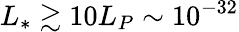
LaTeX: L_{*}\gtrsim 10L_{P}\sim 10^{-32}